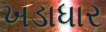
ખડાધાર